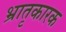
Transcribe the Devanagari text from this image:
भ्रातृकारक